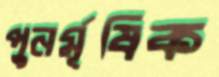
পুনর্মূষিক